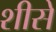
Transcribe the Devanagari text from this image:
शीसे